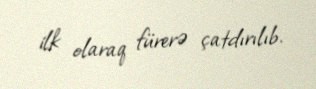
ilk olaraq fürerə çatdırılıb.